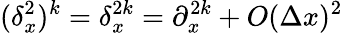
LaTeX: (\delta_{x}^{2})^{k}=\delta_{x}^{2k}=\partial_{x}^{2k}+O(\Delta x)^{2}